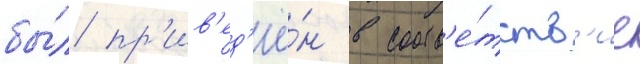
бы́л пр'ив'ед'ё́н в соотв'е́тств'ие